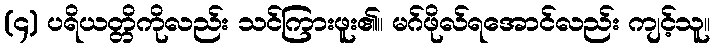
(၄) ပရိယတ္တိကိုလည်း သင်ကြားဖူး၏။ မဂ်ဖိုလ်ရအောင်လည်း ကျင့်သူ။